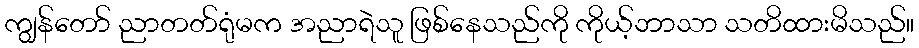
ကျွန်တော် ညာတတ်ရုံမက အညာရဲသူ ဖြစ်နေသည်ကို ကိုယ့်ဘာသာ သတိထားမိသည်။